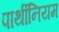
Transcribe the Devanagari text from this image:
पार्थीनियम